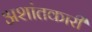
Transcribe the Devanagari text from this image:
अशांतकारी